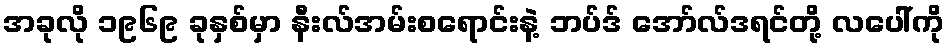
အခုလို ၁၉၆၉ ခုနှစ်မှာ နီးလ်အမ်းစရောင်းနဲ့ ဘပ်ဒ် အော်လ်ဒရင်တို့ လပေါ်ကို